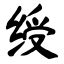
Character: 绶